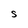
Character: S